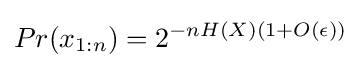
Pr(x_{1:n})=2^{-nH(X)(1+O(\epsilon ))}